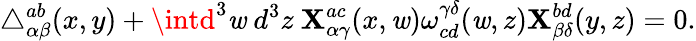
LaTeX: \triangle_{\alpha\beta}^{ab}(x,y)+\intd^{3}\mathit{w}~d^{3}z~\mathbf{X}_{\alpha\gamma}^{ac}(x,\mathit{w})\omega_{cd}^{\gamma\delta}(\mathit{w},z)\mathbf{X}_{\beta\delta}^{bd}(y,z)=0.